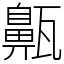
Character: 齀